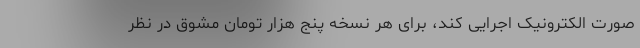
صورت الکترونیک اجرایی کند، برای هر نسخه پنج هزار تومان مشوق در نظر